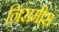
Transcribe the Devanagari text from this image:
निरामीस